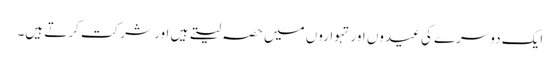
ایک دوسرے کی عیدوں اور تہواروں میں حصہ لیتے ہیں اور شرکت کرتے ہیں۔